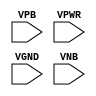
module sky130_fd_sc_lp__fill (
    //# {{power|Power}}
    input VPB ,
    input VPWR,
    input VGND,
    input VNB
);
endmodule